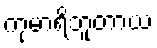
ကုမာရိဘူတာယ